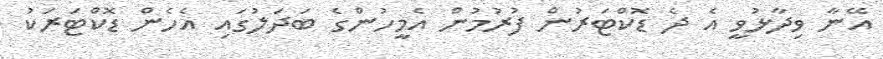
އޭނާ ވިދާޅުވީ އެ ދެ ޑޮކްޓަރުން ފުރުމުން އެމީހުންގެ ބަދަލުގައި އެހެން ޑޮކްޓަރަކު